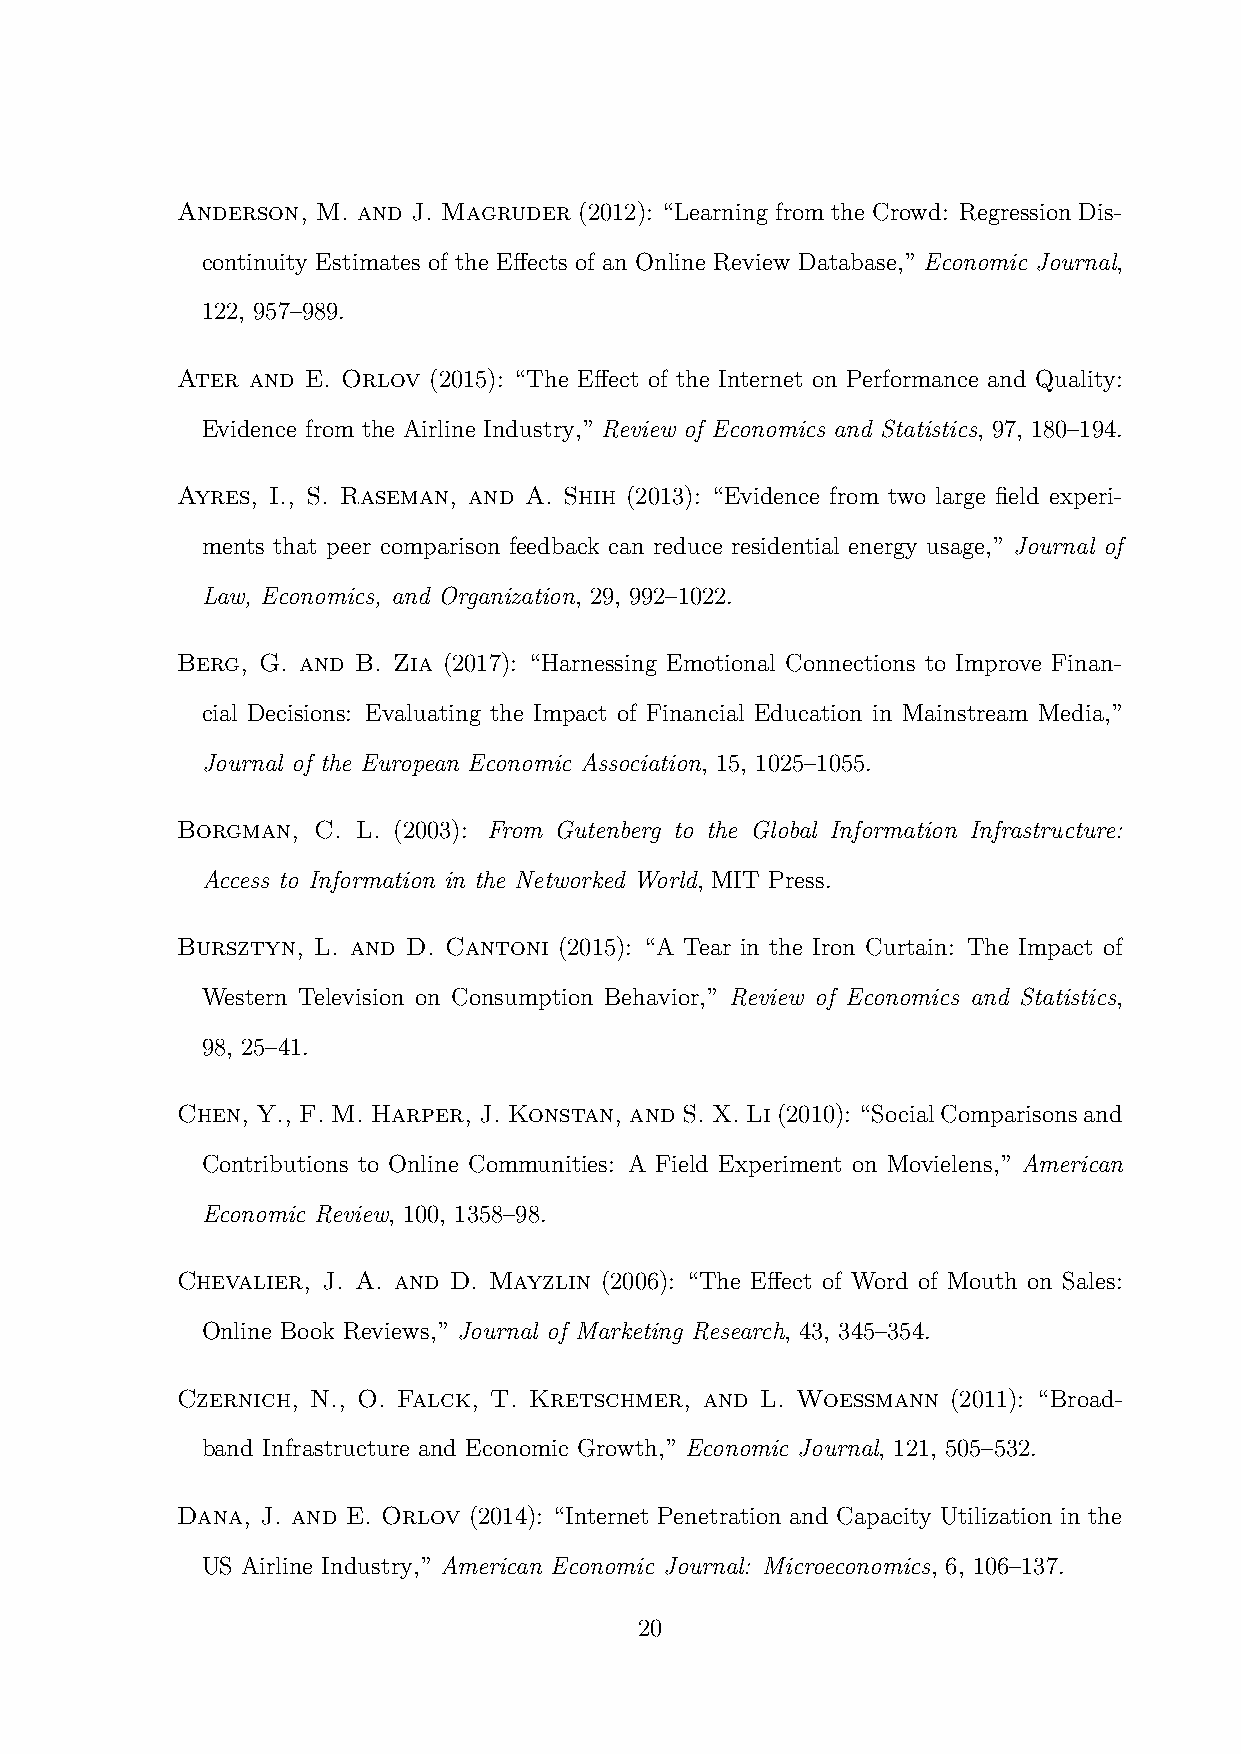
Anderson, M. and J. Magruder (2012): “Learning from the Crowd: Regression Dis-
 continuity Estimates of the Effects of an Online Review Database,” Economic Journal,
 122, 957–989.
 Ater and E. Orlov (2015): “The Effect of the Internet on Performance and Quality:
 Evidence from the Airline Industry,” Review of Economics and Statistics, 97, 180–194.
 Ayres, I., S. Raseman, and A. Shih (2013): “Evidence from two large field experi-
 ments that peer comparison feedback can reduce residential energy usage,” Journal of
 Law, Economics, and Organization, 29, 992–1022.
 Berg, G. and B. Zia (2017): “Harnessing Emotional Connections to Improve Finan-
 cial Decisions: Evaluating the Impact of Financial Education in Mainstream Media,”
 Journal of the European Economic Association, 15, 1025–1055.
 Borgman, C. L. (2003): From Gutenberg to the Global Information Infrastructure:
 Access to Information in the Networked World, MIT Press.
 Bursztyn, L. and D. Cantoni (2015): “A Tear in the Iron Curtain: The Impact of
 Western Television on Consumption Behavior,” Review of Economics and Statistics,
 98, 25–41.
 Chen, Y., F. M. Harper, J. Konstan, and S. X. Li(2010): “SocialComparisonsand
 Contributions to Online Communities: A Field Experiment on Movielens,” American
 Economic Review, 100, 1358–98.
 Chevalier, J. A. and D. Mayzlin (2006): “The Effect of Word of Mouth on Sales:
 Online Book Reviews,” Journal of Marketing Research, 43, 345–354.
 Czernich, N., O. Falck, T. Kretschmer, and L. Woessmann (2011): “Broad-
 band Infrastructure and Economic Growth,” Economic Journal, 121, 505–532.
 Dana, J. and E. Orlov (2014): “Internet Penetration and Capacity Utilization in the
 US Airline Industry,” American Economic Journal: Microeconomics, 6, 106–137.
 20